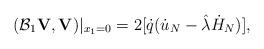
LaTeX: \begin{align*}(\mathcal{B}_1{\mathbf V},{\mathbf V})|_{x_1=0}=2[\dot{q}(\dot{u}_N-\hat{\lambda}\dot{H}_N)],\end{align*}